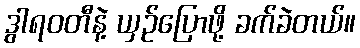
ဒွါရဝတီနဲ့ ယှဉ်ပြောဖို့ ခက်ခဲတယ်။